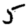
Digit: 5